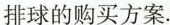
排球的购买方案.